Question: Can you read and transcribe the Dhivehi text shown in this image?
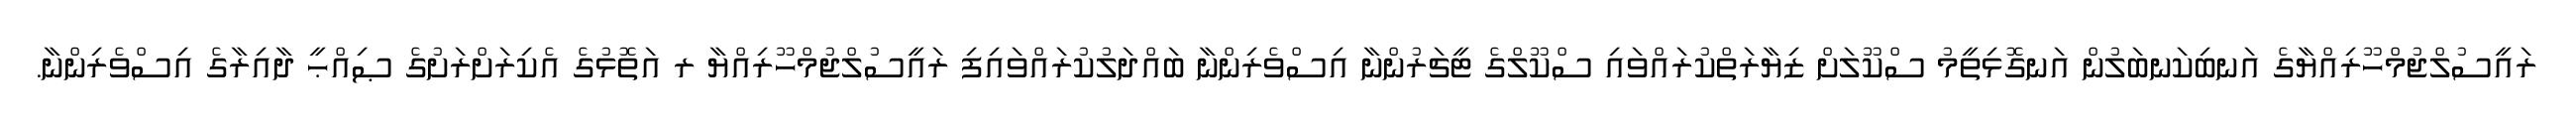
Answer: ރައީސުލްޖުމްހޫރިއްޔާގެ އަނބިކަނބަލުން އަނގޮޅިތީމު ސްކޫލަށް ޒިޔާރަތްކުރައްވައި ސްކޫލްގެ ޓީޗަރުންނާ އިސްވެރިންނާ ބައްދަލުކުރައްވައިފި ރައީސުލްޖުމްހޫރިއްޔާ ރ އަތޮޅުގެ އެކިރަށްރަށުގެ ޞިއްޙީ ދާއިރާގެ އިސްވެރިންނާ.